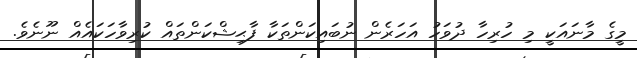
މީގެ މާނައަކީ މި ހުރިހާ ދުވަހު އަހަރެން ނުބައިކަންތަކާ ފާޙިޝްކަންތައް ކުރިވާހަކައެއް ނޫނެވެ.